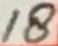
Text: 18